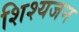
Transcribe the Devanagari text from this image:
शिश्यजन